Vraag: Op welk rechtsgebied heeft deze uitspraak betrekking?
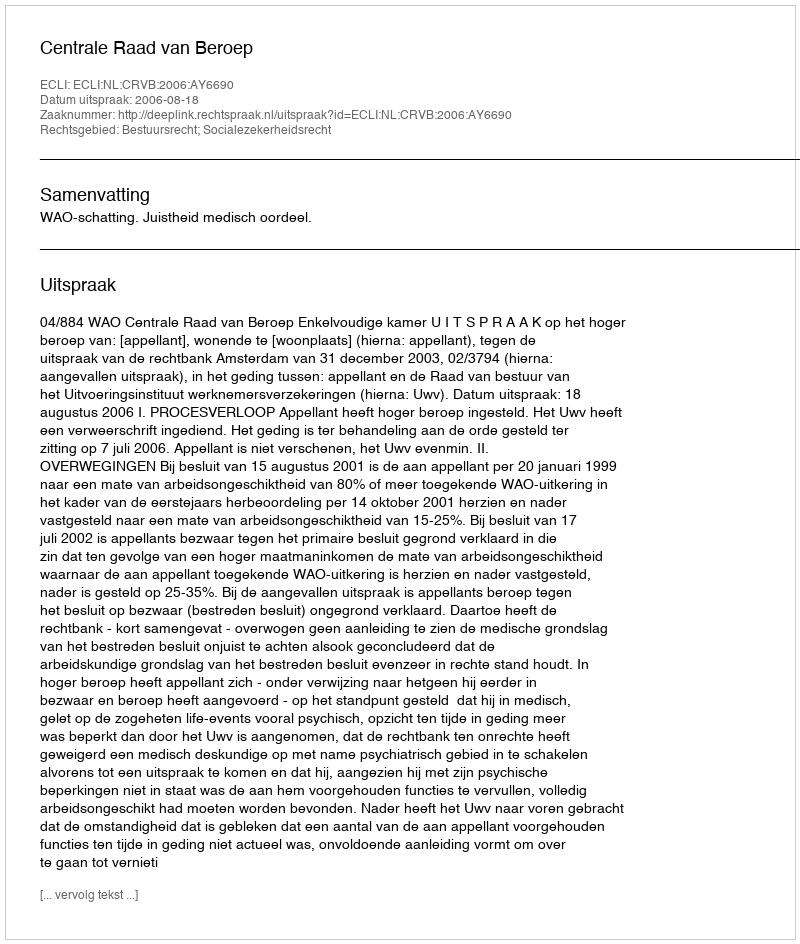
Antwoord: Bestuursrecht; Socialezekerheidsrecht